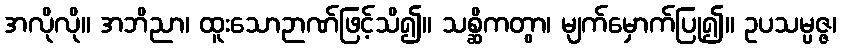
အလိုလို။ အဘိညာ၊ ထူးသောဉာဏ်ဖြင့်သိ၍။ သစ္ဆိကတွာ၊ မျက်မှောက်ပြု၍။ ဥပသမ္ပဇ္ဇ၊